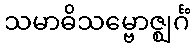
သမာဓိသမ္ဗောဇ္ဈင်္ဂံ